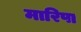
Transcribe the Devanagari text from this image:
मारिपा